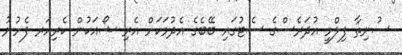
ސުނިތާ ފިލްމީ އުދަރެސްގެ ސެޓުގައި ބޭބެގެ އެދުމަކަށް އެރި ޝޯއަކުން ކެރިއަރ ފެށުނު